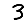
Digit: 3